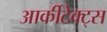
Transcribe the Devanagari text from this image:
आर्कीटेक्ट्स